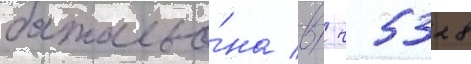
батальо́на в/ ч 5328